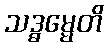
သဒ္ဓမ္မေတိ